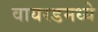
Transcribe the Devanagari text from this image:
वायरडमध्ये